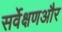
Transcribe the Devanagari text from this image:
सर्वेक्षणऔर